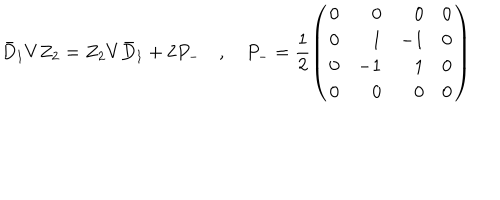
\bar { D } _ { 1 } V Z _ { 2 } = Z _ { 2 } V \bar { D } _ { 1 } + 2 P _ { - } \quad , \quad P _ { - } = \frac { 1 } { 2 } \left( \begin{array} { c r r c } { { 0 } } & { { 0 } } & { { 0 } } & { { 0 } } \\ { { 0 } } & { { 1 } } & { { - 1 } } & { { 0 } } \\ { { 0 } } & { { - 1 } } & { { 1 } } & { { 0 } } \\ { { 0 } } & { { 0 } } & { { 0 } } & { { 0 } } \\ \end{array} \right)